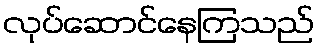
လုပ်ဆောင်နေကြသည်